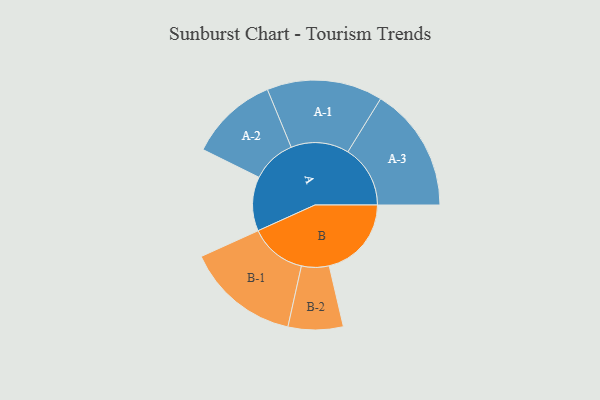
{"axis": {"x": "Segment", "y": "Value"}, "legend": ["", "A", "B"], "data": [{"x": "A", "y": 205, "type": ""}, {"x": "B", "y": 311, "type": ""}, {"x": "A-1", "y": 219, "type": "A"}, {"x": "A-2", "y": 167, "type": "A"}, {"x": "A-3", "y": 236, "type": "A"}, {"x": "B-1", "y": 215, "type": "B"}, {"x": "B-2", "y": 104, "type": "B"}]}